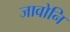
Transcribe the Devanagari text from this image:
जावोनि